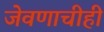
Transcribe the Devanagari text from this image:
जेवणाचीही